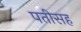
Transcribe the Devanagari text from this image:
पतीसह